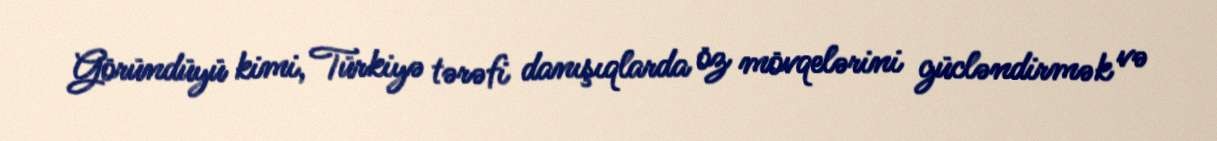
Göründüyü kimi, Türkiyə tərəfi danışıqlarda öz mövqelərini gücləndirmək və